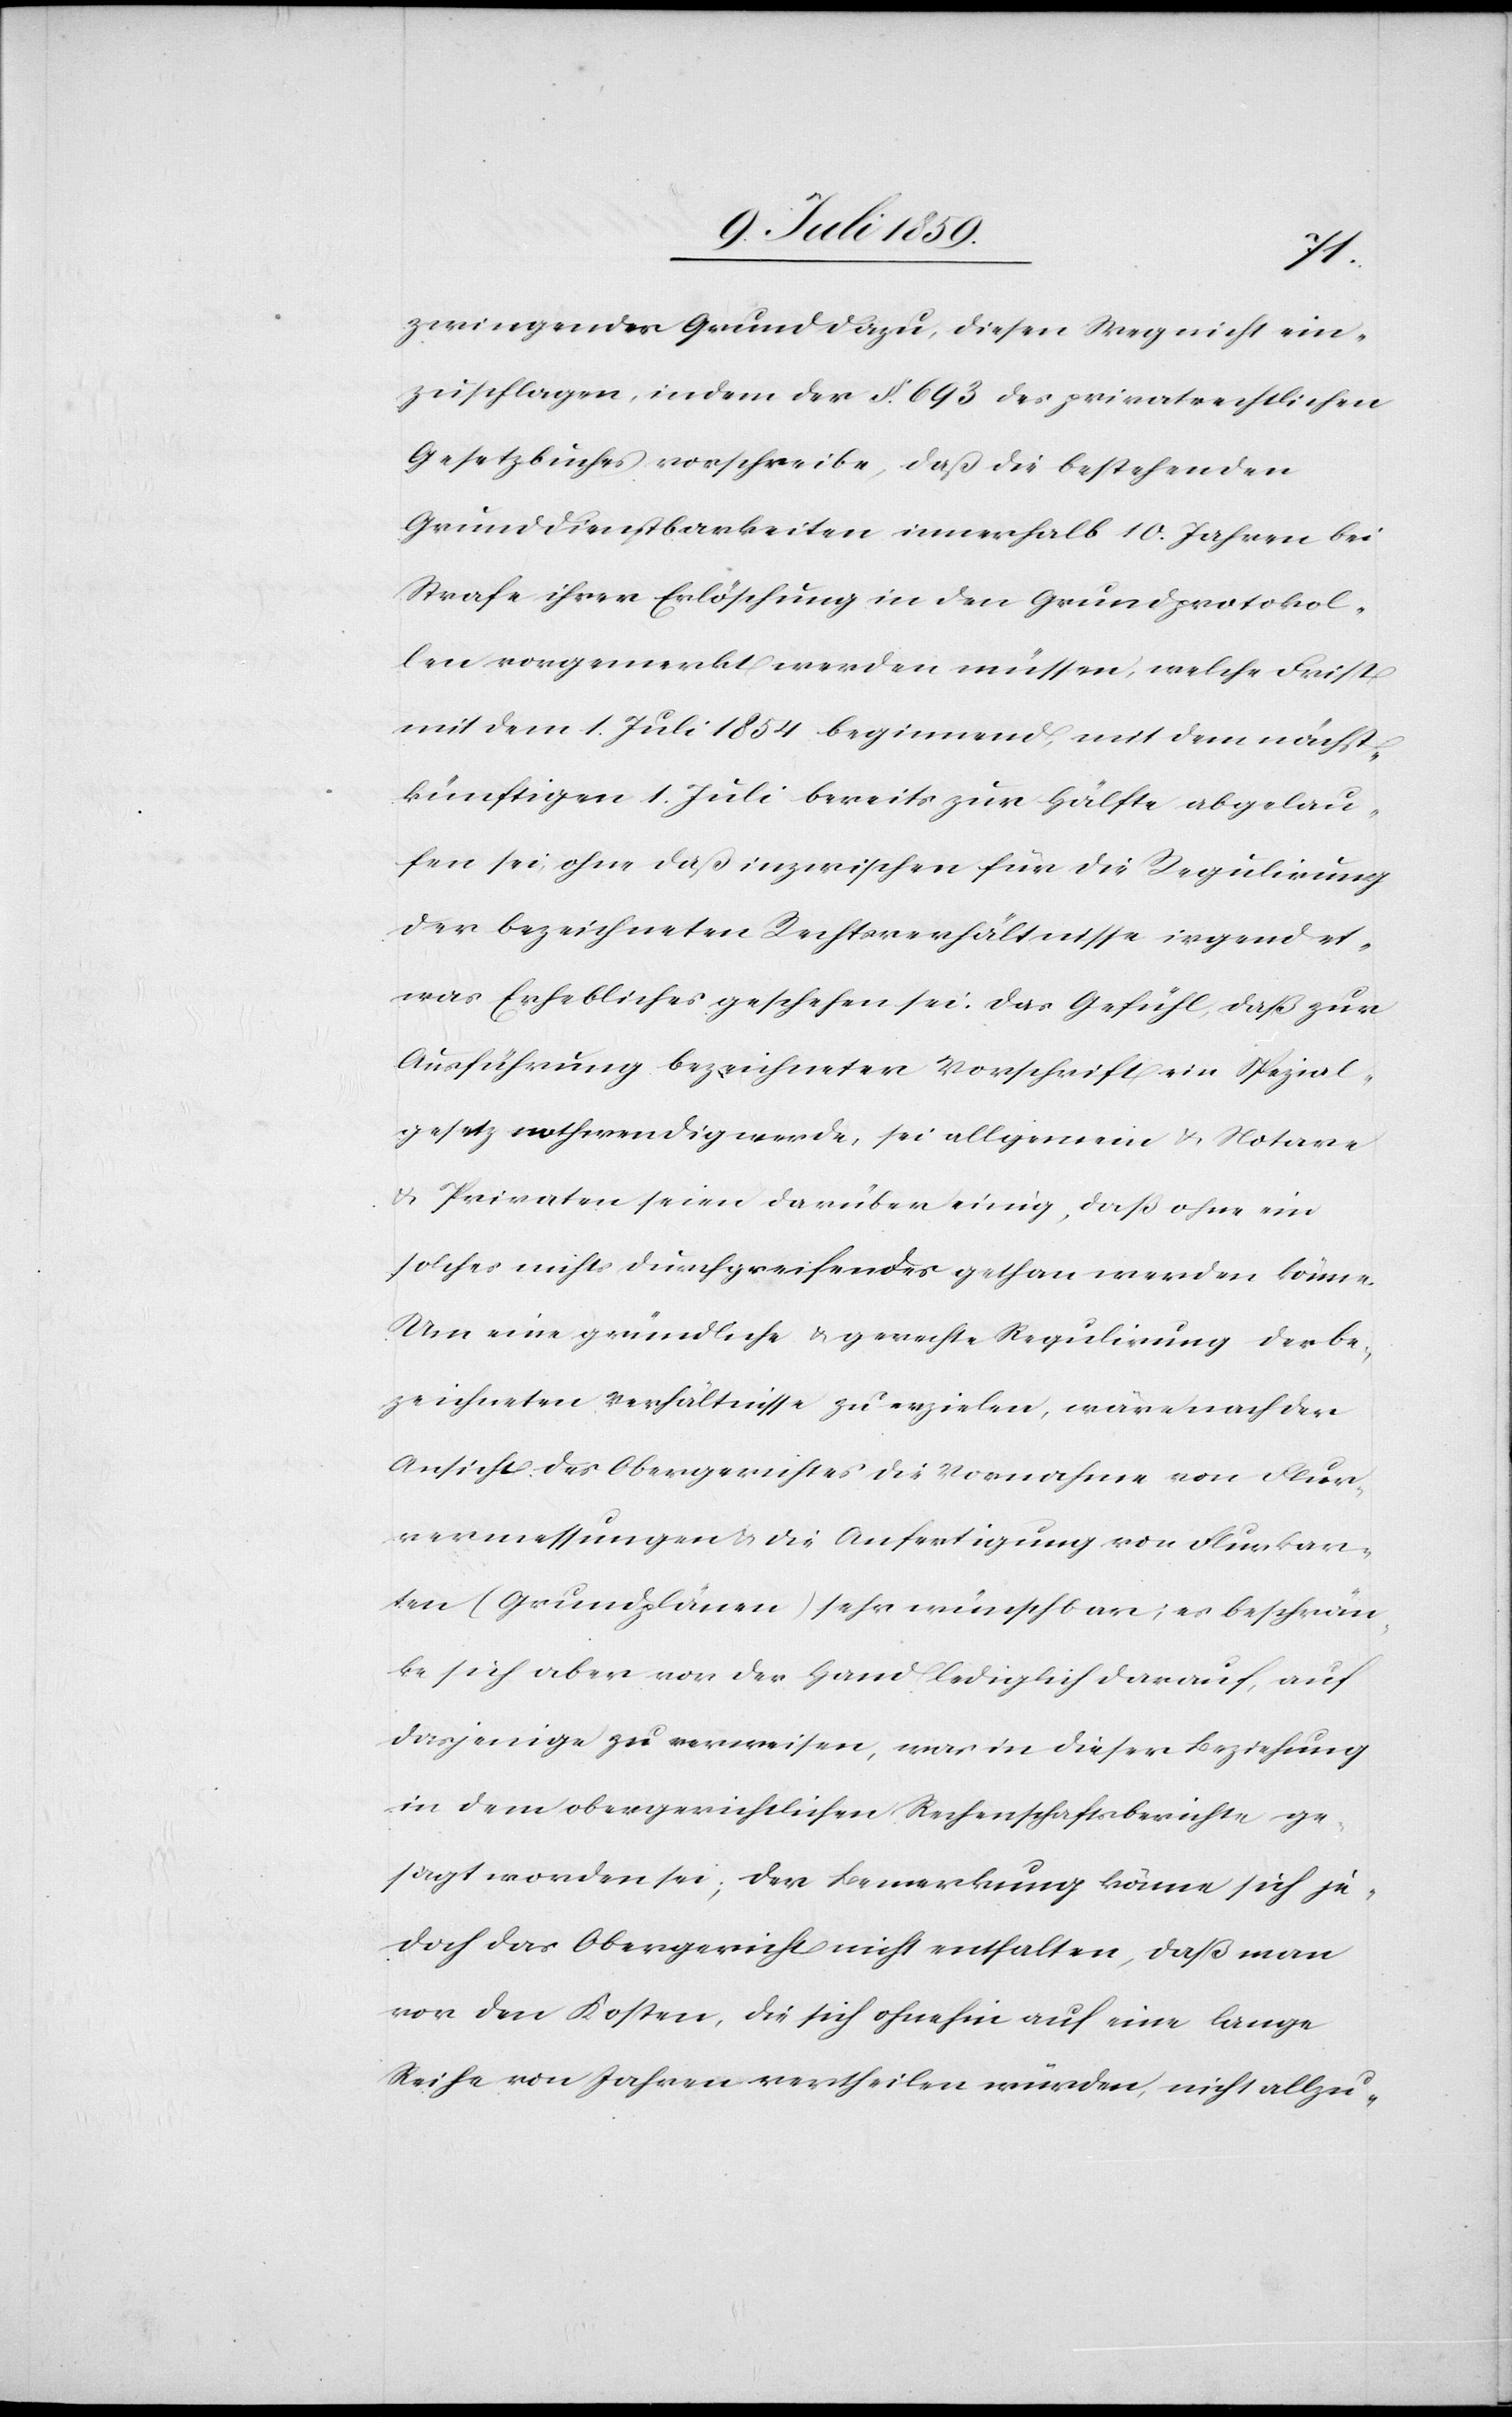
zwingender Grund dazu, diesen Weg nicht ein¬
zuschlagen, indem der § 693 des privatrechtlichen
Gesetzbuches vorschreibe, daß die bestehenden
Grunddienstbarkeiten innerhalb 10. Jahren bei
Strafe ihrer Erlöschung in den Grundprotokol¬
len vorgemerkt werden müssen, welche Frist
mit dem 1. Juli 1854 beginnend, mit dem nächst-k¬
ünftigen 1. Juli bereits zur Hälfte abgelau¬
fen sei, ohne daß inzwischen für die Regulirung
der bezeichneten Rechtsverhältnisse irgendet¬
was Erhebliches geschehen sei. Das Gefühl, daß zur
Ausführung bezeichneter Vorschrift ein Spezial¬
gesetz nothwendig werde, sei allgemein u. Notare
u. Privaten seien darüber einig, daß ohne ein
solches nichts durchgreifendes gethan werden könne.
Um eine gründliche u. gerechte Regulirung der be¬
zeichneten Verhältnisse zu erzielen, wäre nach der
Ansicht des Obergerichtes die Vornahme von Flur¬
vermessungen u. die Anfertigung von Flurkar¬
ten (Grundplänen) sehr wünschbar; es beschrän¬
ke sich aber vor der Hand lediglich darauf, auf
dasjenige zu verweisen, was in dieser Beziehung
in dem obergerichtlichen Rechenschaftsberichte ge¬
sagt worden sei; der Bemerkung könne sich je¬
doch das Obergericht nicht enthalten, daß man
vor den Kosten, die sich ohnehin auf eine lange
Reihe von Jahren vertheilen würden, nicht allzu-